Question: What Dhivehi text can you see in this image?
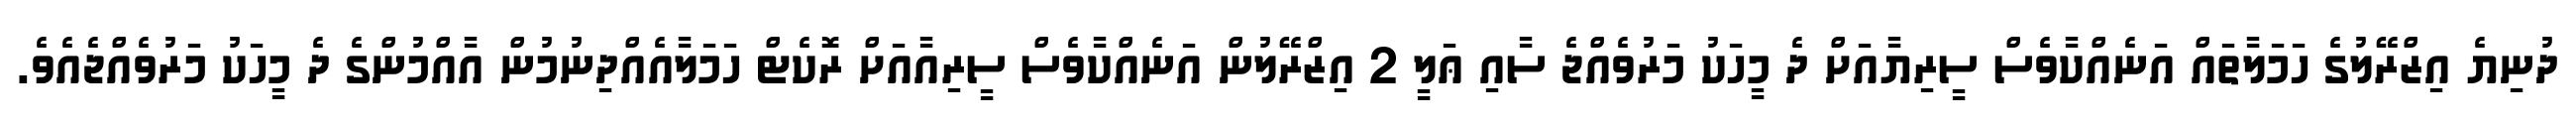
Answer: ދުނިޔެ އިޒްރޭލުގެ ހަމަލާތައް އަނެއްކާވެސް ސީރިޔާއަށް ދެ މީހަކު މަރުވެއްޖެ ސާއި ޢަލީ 2 އިޒްރޭލުން އަނެއްކާވެސް ސީރިއާއަށް ރޮކެޓް ހަމަލާއެއްދިނުމުން އާއްމުންގެ ދެ މީހަކު މަރުވެއްޖެއެވެ.